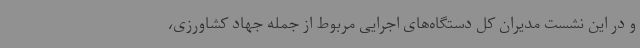
و در این نشست مدیران کل دستگاه‌های اجرایی مربوط از جمله جهاد کشاورزی،